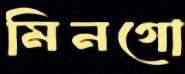
মিনগো